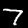
Digit: 7